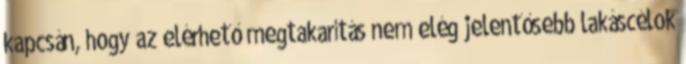
kapcsán, hogy az elérhető megtakarítás nem elég jelentősebb lakáscélok